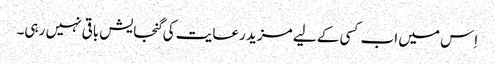
اِس میں اب کسی کے لیے مزید رعایت کی گنجایش باقی نہیں رہی۔